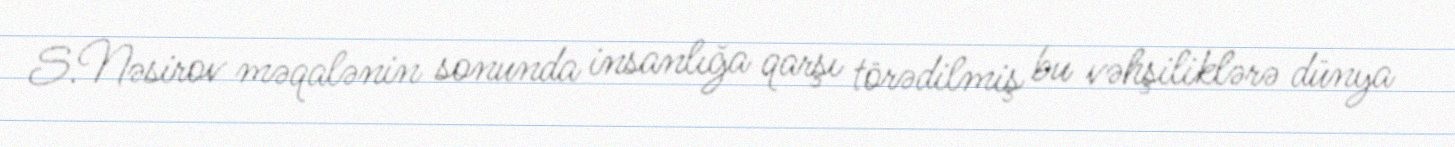
S.Nəsirov məqalənin sonunda insanlığa qarşı törədilmiş bu vəhşiliklərə dünya